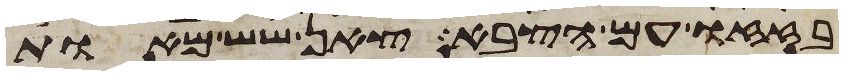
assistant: בזזו עם הצבא צאן שש מאות